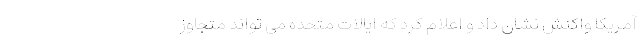
آمریکا واکنش نشان داد و اعلام کرد که ایالات متحده می تواند متجاوز